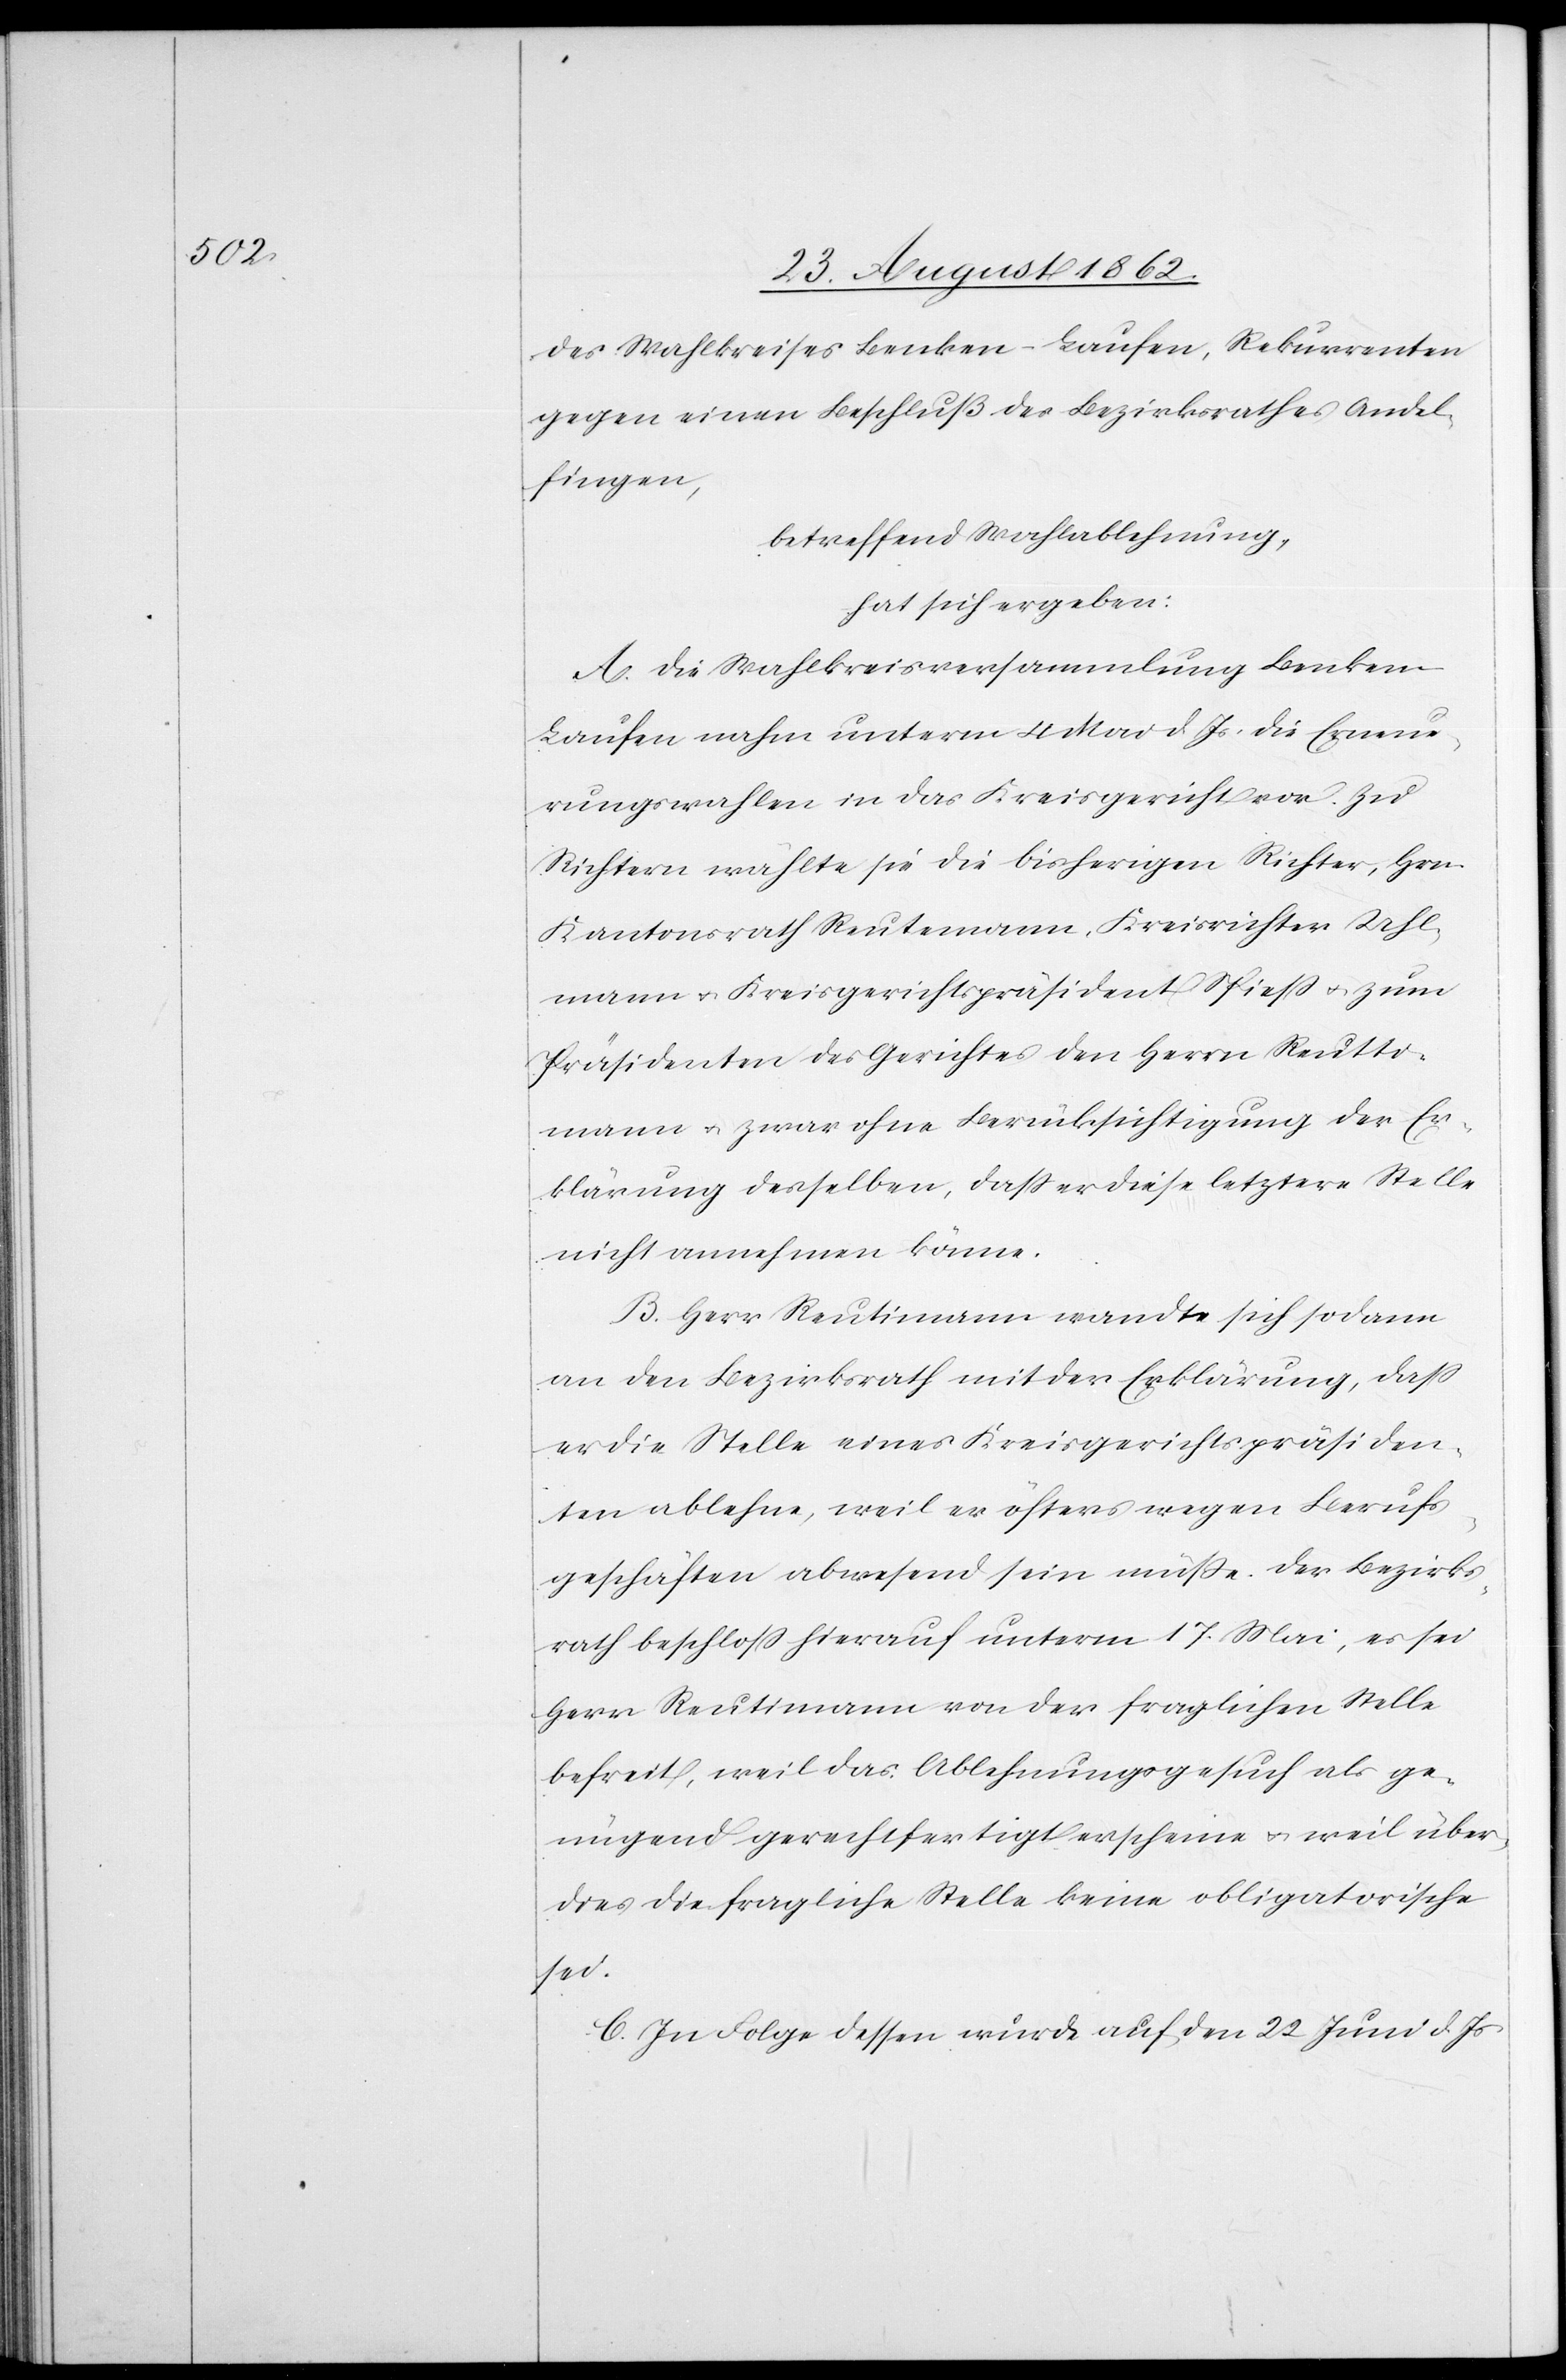
des Wahlkreises Benken-Laufen, Rekurrenten
gegen einen Beschluß des Bezirksrathes Andel¬
fingen,
betreffend Wahlablehnung,
hat sich ergeben:
A. Die Wahlkreisversammlung Benken-L¬
aufen nahm unterm 4. Mai d. Js. die Erneue¬
rungswahlen in das Kreisgericht vor. Zu
Richtern wählte sie die bisherigen Richter Hrn.
Kantonsrath Reutemann [sic!], Kreisrichter Uhl¬
mann u. Kreisgerichtspräsident Spieß u. zum
Präsidenten des Gerichtes den Herrn Reutti¬
mann u. zwar ohne Berücksichtigung der Er¬
klärung desselben, daß er diese letzter Stelle
nicht annehmen könne.
B. Herr Reutimann [sic!] wandte sich sodann
an den Bezirksrath mit der Erklärung, daß
er die Stelle eines Kreisgerichtspräsiden¬
ten ablehne, weil er öfters wegen Berufs¬
geschäften abwesend sein müße. Der Bezirks¬
rath beschloß hierauf unterm 17. Mai, es sei
Herr Reutimann von der fraglichen Stelle
befreit, weil das Ablehnungsgesuch als ge¬
nügend gerechtfertigt erscheine u. weil über¬
dies die fragliche Stelle keine obligatorische
sei.
C. In Folge dessen wurde auf den 22. Juni d. Js.